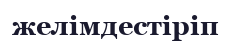
желімдестіріп